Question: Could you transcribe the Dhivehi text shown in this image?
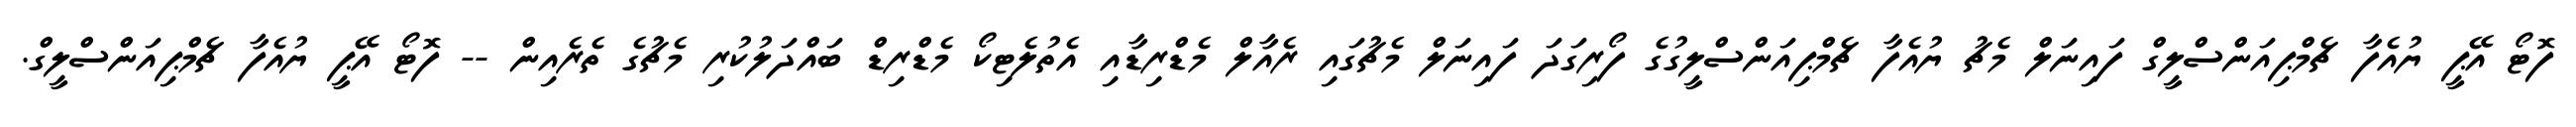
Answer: ފޮޓޯ އޭޕީ ޔުއެފާ ޗެމްޕިއަންސްލީގް ފައިނަލް މެޗު ޔުއެފާ ޗެމްޕިއަންސްލީގުގެ ފޯރިގަދަ ފައިނަލް މެޗުގައި ރެއާލް މެޑްރިޑާއި އެތުލެޓިކޯ މެޑްރިޑް ބައްދަލުކުރި މެޗުގެ ތެރެއިން -- ފޮޓޯ އޭޕީ ޔުއެފާ ޗެމްޕިއަންސްލީގް.